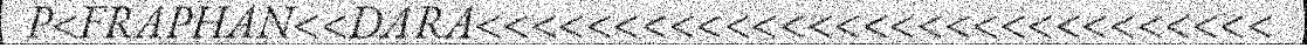
P<FRAPHAN<<DARA<<<<<<<<<<<<<<<<<<<<<<<<<<<<<